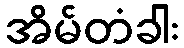
အိမ်တံခါး